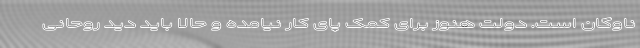
ناوگان است. دولت هنوز برای کمک پای کار نیامده و حالا باید دید روحانی